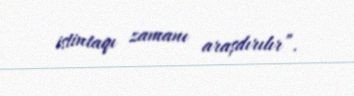
istintaqı zamanı araşdırılır”.